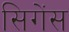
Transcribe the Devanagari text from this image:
सिगेंस